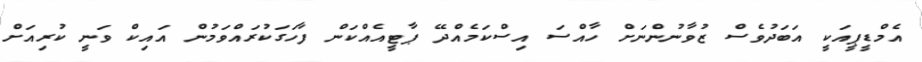
އެމްޑީޕީއަކީ އަބަދުވެސް ޒުވާނުންނަށް ހާއްސަ އިސްކަމެއްދޭ ޕާޓީއެއްކަން ފާހަގަކުރައްވަމުން އައިކް ވަނީ ކުރިއަށް